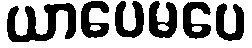
ယာပေမပေ